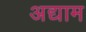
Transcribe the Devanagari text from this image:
अद्याम